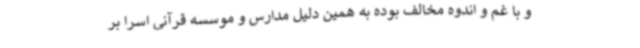
و با غم و اندوه مخالف بوده به همین دلیل مدارس و موسسه قرآنی اسرا بر